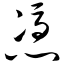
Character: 凭